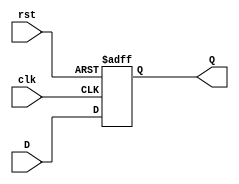
module program_counter(D,clk,rst,Q);
	input [31:0] D; // Data input 
	input clk; // clock input 
	input rst;
	output reg [31:0] Q; // output Q 
	always @(posedge clk or negedge rst)
	begin
		if (!rst) 
			Q<=32'b0;
		else
			Q<=D;
	end  
endmodule